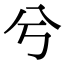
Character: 兮